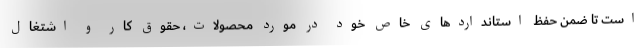
است تا ضمن حفظ استانداردهای خاص خود در مورد محصولات، حقوق کار و اشتغال